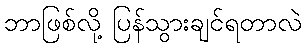
ဘာဖြစ်လို့ ပြန်သွားချင်ရတာလဲ